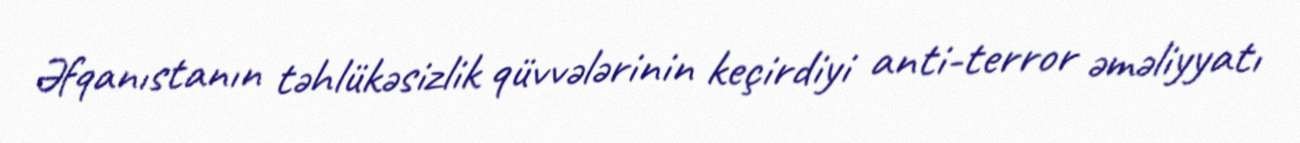
Əfqanıstanın təhlükəsizlik qüvvələrinin keçirdiyi anti-terror əməliyyatı